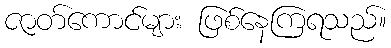
ဇာတ်ကောင်များ ဖြစ်နေကြရသည်။